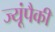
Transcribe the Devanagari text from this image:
ज्यूंपैकी